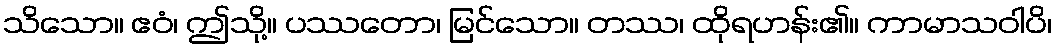
သိသော။ ဧဝံ၊ ဤသို့။ ပဿတော၊ မြင်သော။ တဿ၊ ထိုရဟန်း၏။ ကာမာသဝါပိ၊